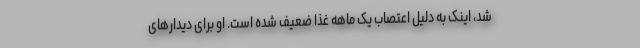
شد، اینک به دلیل اعتصاب یک ماهه غذا ضعیف شده است. او برای دیدارهای